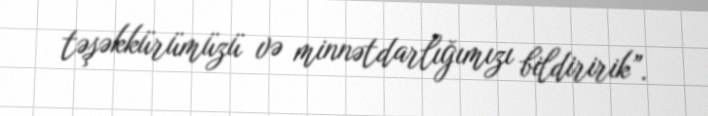
təşəkkürümüzü və minnətdarlığımızı bildiririk”.